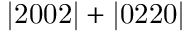
\mathrm { | 2 0 0 2 | + | 0 2 2 0 | }